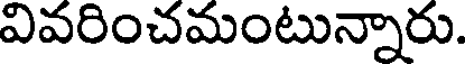
వివరించమంటున్నారు.